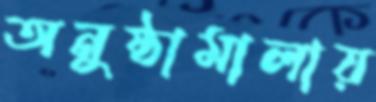
অনুষ্ঠামালায়